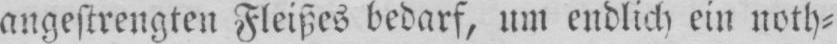
angestrengten Fleißes bedarf, um endlich ein noth⸗